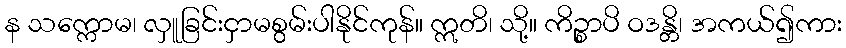
န သက္ကောမ၊ လှူခြင်းငှာမစွမ်းပါနိုင်ကုန်။ ဣတိ၊ သို့။ ကိဉ္စာပိ ဝဒန္တိ၊ အကယ်၍ကား